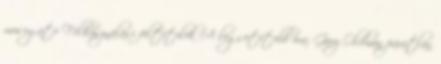
mosogató Felhasználási feltételek A legsötétebb óra: Gary Oldman páratlan